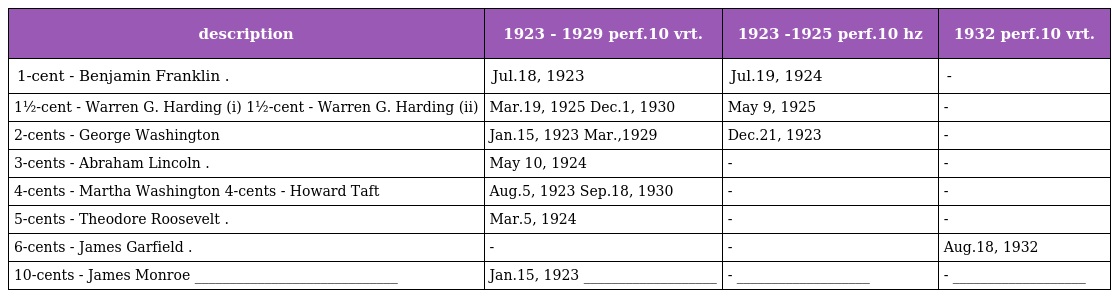
| description | 1923 - 1929 perf.10 vrt. | 1923 -1925 perf.10 hz | 1932 perf.10 vrt. |
 | --- | --- | --- | --- |
 | 1-cent - Benjamin Franklin . | Jul.18, 1923 | Jul.19, 1924 | - |
 | 1½-cent - Warren G. Harding (i) 1½-cent - Warren G. Harding (ii) | Mar.19, 1925 Dec.1, 1930 | May 9, 1925 | - |
 | 2-cents - George Washington | Jan.15, 1923 Mar.,1929 | Dec.21, 1923 | - |
 | 3-cents - Abraham Lincoln . | May 10, 1924 | - | - |
 | 4-cents - Martha Washington 4-cents - Howard Taft | Aug.5, 1923 Sep.18, 1930 | - | - |
 | 5-cents - Theodore Roosevelt . | Mar.5, 1924 | - | - |
 | 6-cents - James Garfield . | - | - | Aug.18, 1932 |
 | 10-cents - James Monroe _____________________________ | Jan.15, 1923 ___________________ | - ___________________ | - ___________________ |